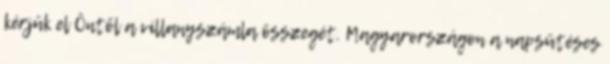
kérjük el Öntől a villanyszámla összegét. Magyarországon a napsütéses